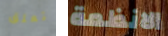
تعلق الانظمة